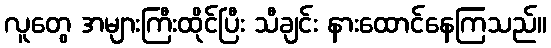
လူတွေ အများကြီးထိုင်ပြီး သီချင်း နားထောင်နေကြသည်။